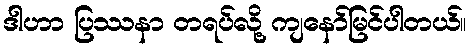
ဒါဟာ ပြဿနာ တရပ်လို့ ကျနော်မြင်ပါတယ်။